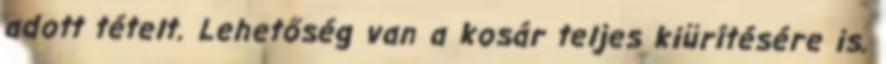
adott tételt. Lehetőség van a kosár teljes kiürítésére is.